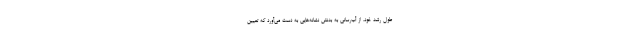
طول رشد خود، از آب‌رسانی به بدنش نشانه‌هایی به دست می‌آورد که تعیین